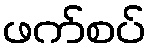
ဖက်စပ်